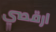
ارقصي